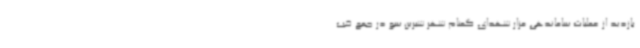
بازدید از عملیات ساماندهی مزار شهدای گمنام شهر شیرین سو در جمع خب